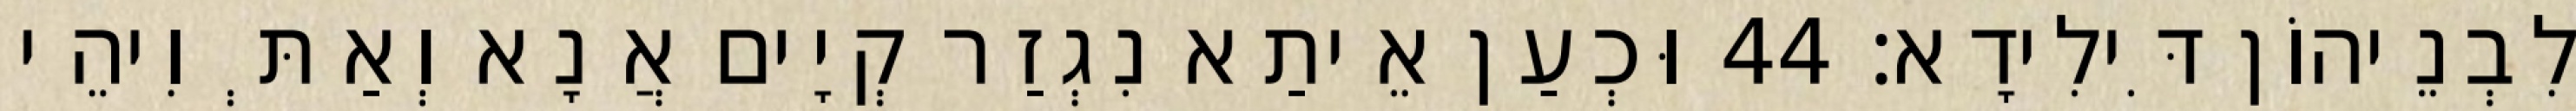
לִבְנֵיהוֹן דִּילִידָא׃ 44 וּכְעַן אֵיתַא נִגְזַר קְיָים אֲנָא וְאַתְּ וִיהֵי